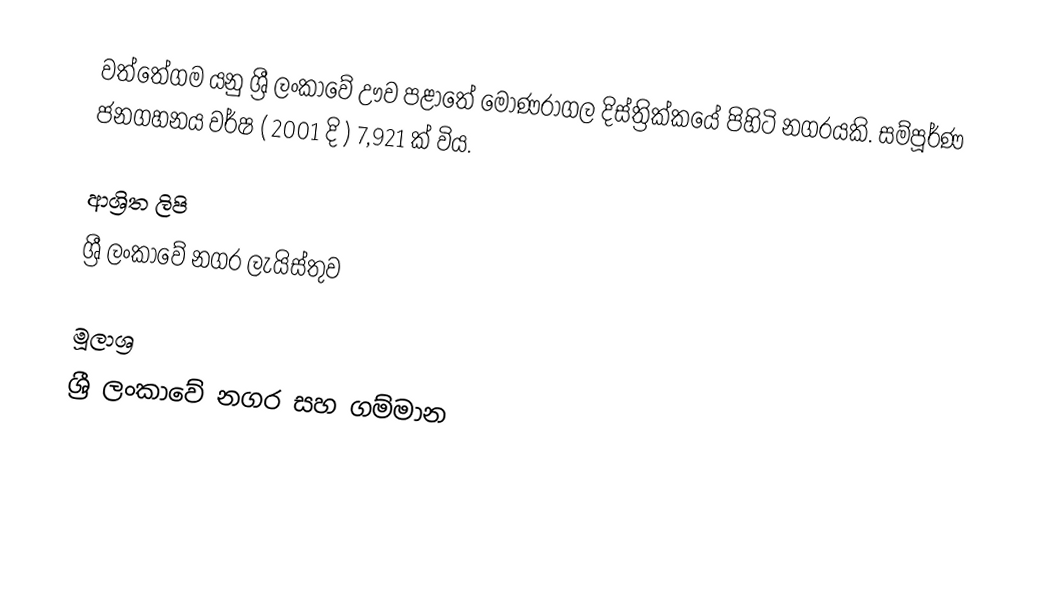
වත්තේගම යනු ශ්‍රී ලංකාවේ ඌව පළාතේ මොණරාගල දිස්ත්‍රික්කයේ පිහිටි නගරයකි. සම්පූර්ණ ජනගහනය වර්ෂ ( 2001 දි ) 7,921 ක් විය.

ආශ්‍රිත ලිපි
 ශ්‍රී ලංකාවේ නගර ලැයිස්තුව

මූලාශ්‍ර
ශ්‍රී ලංකාවේ නගර සහ ගම්මාන